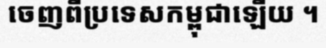
ចេញពីប្រទេសកម្ពុជាឡើយ ។